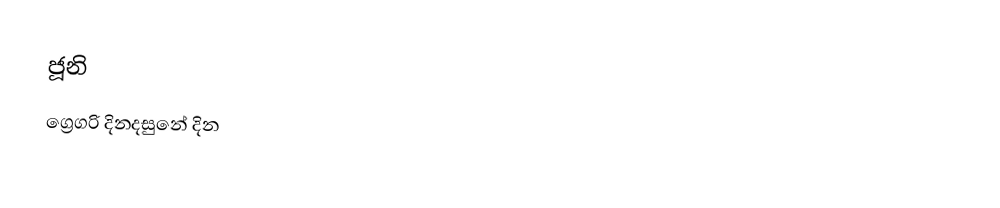
ජූනි
ග්‍රෙගරි දිනදසුනේ දින